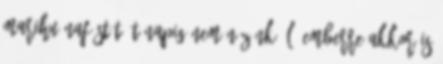
marihuánafüstöt Öt napig nem nézünk élő emberre Akkor is